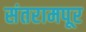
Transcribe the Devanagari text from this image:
संतरामपूर